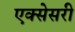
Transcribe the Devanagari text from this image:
एक्सेसरी